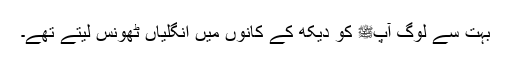
بہت سے لوگ آپﷺ کو دیکھ کے کانوں میں انگلیاں ٹھونس لیتے تھے۔